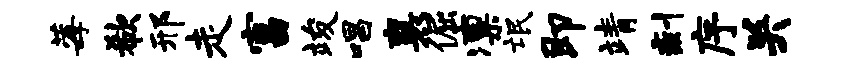
莓欷邢走富竣唱襄倔凛氓即靖剩序关